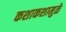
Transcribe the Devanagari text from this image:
कशाकशामुळे